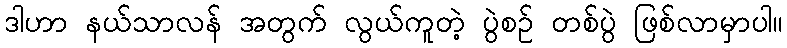
ဒါဟာ နယ်သာလန် အတွက် လွယ်ကူတဲ့ ပွဲစဉ် တစ်ပွဲ ဖြစ်လာမှာပါ။